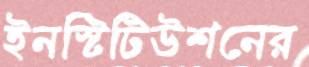
ইনস্টিটিউশনের